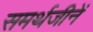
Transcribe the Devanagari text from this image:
समर्थजीनें